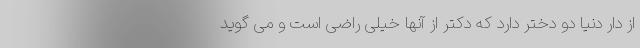
از دار دنیا دو دختر دارد که دکتر از آنها خیلی راضی است و می گوید